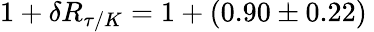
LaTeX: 1+\delta R_{\tau/K}=1+(0.90\pm 0.22)\